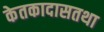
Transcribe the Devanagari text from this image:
केतकादासतथा